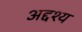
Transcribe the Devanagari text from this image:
अद्दश्य